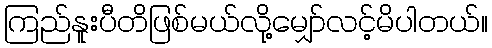
ကြည်နူးပီတိဖြစ်မယ်လို့မျှော်လင့်မိပါတယ်။